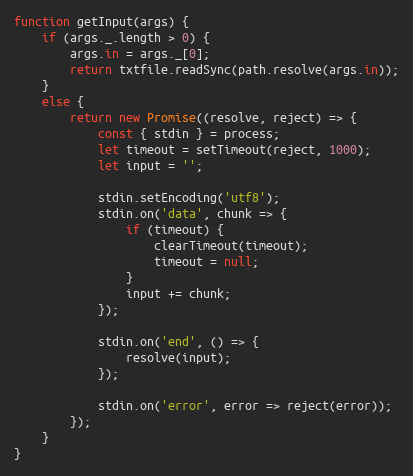
Language: JavaScript
function getInput(args) {
    if (args._.length > 0) {
        args.in = args._[0];
        return txtfile.readSync(path.resolve(args.in));
    }
    else {
        return new Promise((resolve, reject) => {
            const { stdin } = process;
            let timeout = setTimeout(reject, 1000);
            let input = '';

            stdin.setEncoding('utf8');
            stdin.on('data', chunk => {
                if (timeout) {
                    clearTimeout(timeout);
                    timeout = null;
                }
                input += chunk;
            });

            stdin.on('end', () => {
                resolve(input);
            });

            stdin.on('error', error => reject(error));
        });
    }
}